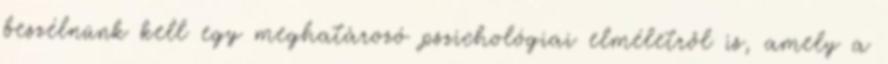
beszélnünk kell egy meghatározó pszichológiai elméletről is, amely a